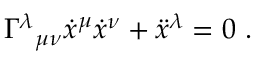
\Gamma ^ { \lambda } { } _ { \mu \nu } { \dot { x } } ^ { \mu } { \dot { x } } ^ { \nu } + { \ddot { x } } ^ { \lambda } = 0 \ .